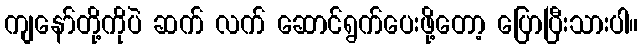
ကျနော်တို့ကိုပဲ ဆက် လက် ဆောင်ရွက်ပေးဖို့တော့ ပြောပြီးသားပါ။